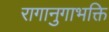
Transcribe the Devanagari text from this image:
रागानुगाभक्ति